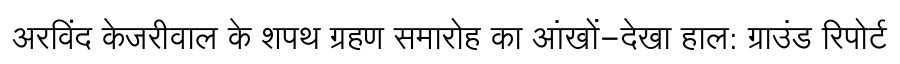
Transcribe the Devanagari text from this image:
अरविंद केजरीवाल के शपथ ग्रहण समारोह का आंखों-देखा हाल: ग्राउंड रिपोर्ट